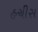
હચીસ